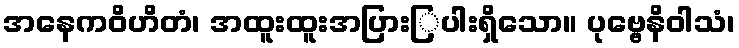
အနေကဝိဟိတံ၊ အထူးထူးအပြားြ့ပါးရှိသော။ ပုဗ္ဗေနိဝါသံ၊